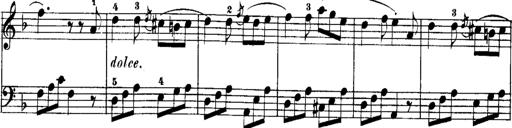
Title: Rondos and Sonatinas for Pianoforte
Composer: Daniel Steibelt